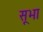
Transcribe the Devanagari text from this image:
सूभा